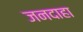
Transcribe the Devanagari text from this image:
जनदाहा